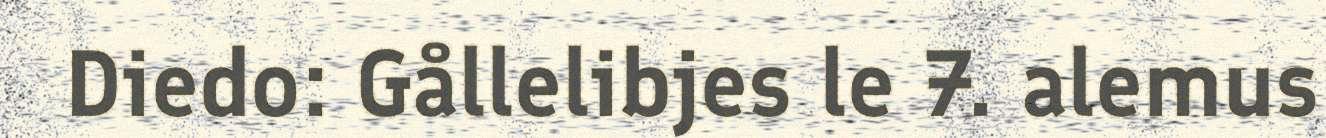
Diedo: Gållelibjes le 7. alemus